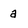
Character: a